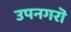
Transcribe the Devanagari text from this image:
उपनगरॊ